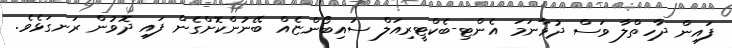
ފައިން ދާހިތްލާ ވަސް ދުވާނަމަ އެންޓި-ބެކްޓީރިއަލް ސައިބޯންޏެއް ބޭނުންކޮށްގެން ފައި ދޮވުން ރަނގަޅެވެ.